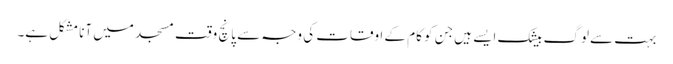
بہت سے لوگ بیشک ایسے ہیں جن کو کام کے اوقات کی وجہ سے پانچ وقت مسجد میں آنا مشکل ہے۔